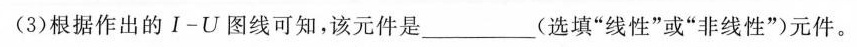
I/mA00.10.20.30.40.50.60.70.8(3)根据作出的Ⅰ-U图线可知，该元件是___(选填”线性”或”非线性”)元件。